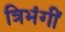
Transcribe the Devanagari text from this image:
त्रिभंगीं